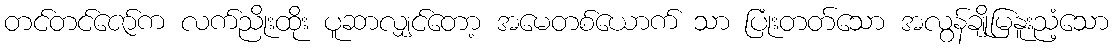
တင်တင်ဇော်က လက်ညိုးထိုး ပူဆာလျှင်တော့ အမေတစ်ယောက် သာ ပြုံးတတ်သော အလွန်ချိုမြနူးညံ့သော